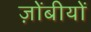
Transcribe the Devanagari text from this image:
ज़ोंबीयों